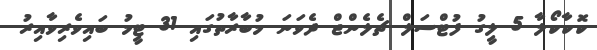
ކޮކާކޯލާ 5 ލީގު ފުޓްސަލް ޗެލެންޖް ދެވަނަ މުބާރާތުގައި 31 ޓީމު ބައިވެރިވާއިރު